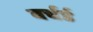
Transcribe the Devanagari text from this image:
बर्चर्ड